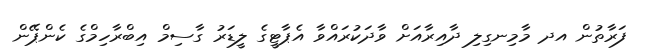
ފަރާތުން އދ މާމިނގިލި ދާއިރާއަށް ވާދަކުރައްވާ އެޕާޓީގެ ލީޑަރު ގާސިމް އިބްރާހިމްގެ ކެންޕޭން